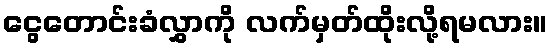
ငွေတောင်းခံလွှာကို လက်မှတ်ထိုးလို့ရမလား။